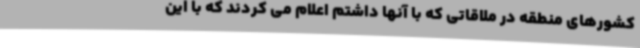
کشورهای منطقه در ملاقاتی که با آنها داشتم اعلام می کردند که با این